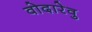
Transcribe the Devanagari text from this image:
वोदारेवु